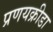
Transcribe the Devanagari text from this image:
प्रणयक्रीडा